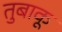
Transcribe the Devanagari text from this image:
तुबाकू